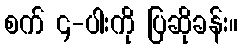
စက် ၄-ပါးကို ပြဆိုခန်း။